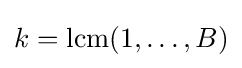
k={\rm {lcm}}(1,\dots ,B)